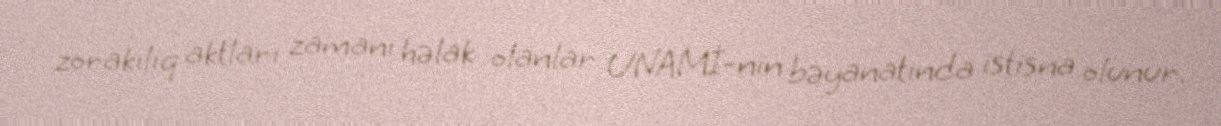
zorakılıq aktları zamanı həlak olanlar UNAMİ-nin bəyanatında istisna olunur.